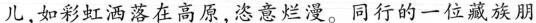
儿，如彩虹洒落在高原，恣意烂漫。同行的一位藏族朋